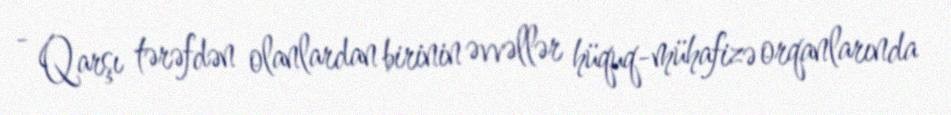
- Qarşı tərəfdən olanlardan birinin əvvəllər hüquq-mühafizə orqanlarında